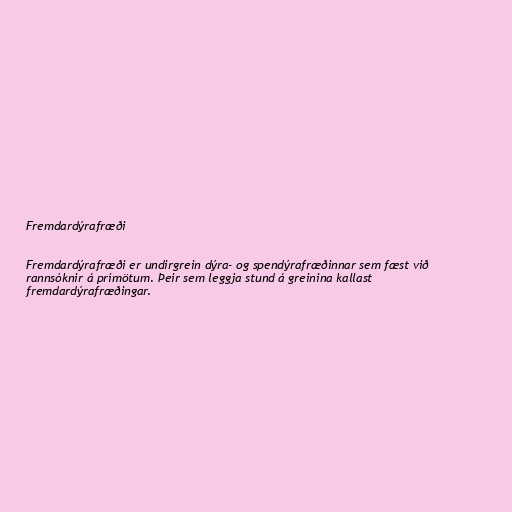
Fremdardýrafræði

Fremdardýrafræði er undirgrein dýra- og spendýrafræðinnar sem fæst við
rannsóknir á prímötum. Þeir sem leggja stund á greinina kallast
fremdardýrafræðingar.